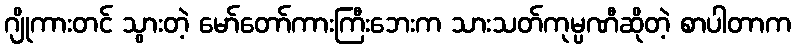
ဂျိုကားတင် သွားတဲ့ မော်တော်ကားကြီးဘေးက သားသတ်ကုမ္ပဏီဆိုတဲ့ စာပါတာက